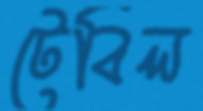
টেবিল